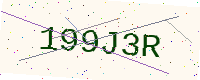
Text: 199J3R